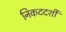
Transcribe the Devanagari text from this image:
निकटदर्शी